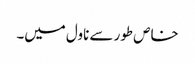
خاص طور سے ناول میں۔